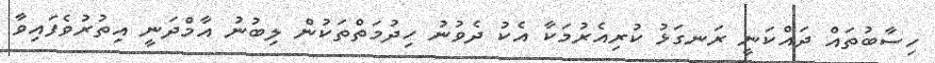
ހިސާބުތައް ދައްކަނީ ރަނގަޅު ކުރިއެރުމަކާ އެކު ދެވުނު ހިދުމަތްތަކުން ލިބުނު އާމްދަނީ އިތުރުވެފައިވާ